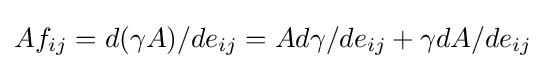
Af_{ij}=d(\gamma A)/de_{ij}=Ad\gamma /de_{ij}+\gamma dA/de_{ij}